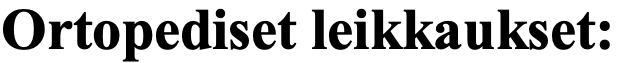
Ortopediset leikkaukset: